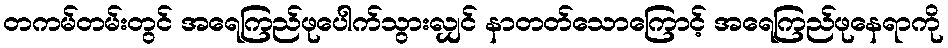
တကမ်တမ်းတွင် အရေကြည်ဖုပေါက်သွားလျှင် နာတတ်သောကြောင့် အရေကြည်ဖုနေရာကို